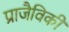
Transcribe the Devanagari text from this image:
प्राजैविकी